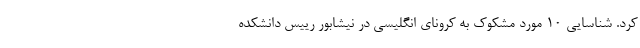
کرد. شناسایی 10 مورد مشکوک به کرونای انگلیسی در نیشابور رییس دانشکده